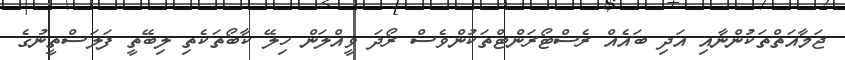
ޖަމާއަތްތަކުންނާއި އަދި ބައެއް ރެސްޓޯރަންޓްތަކުންވެސް ރޯދަ ވީއްލަން ހިލޭ ކާބޯތަކެތި ލިބޭތީ ފަލަސްތީނުގެ